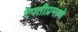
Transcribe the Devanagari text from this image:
ऎपतीप्रमाणे